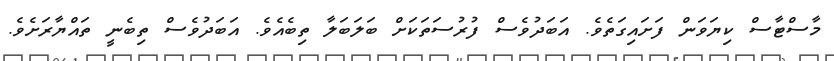
މާސްޓާސް ކިޔަަވަން ފަށައިގަތެވެ. އަބަދުވެސް ފުރުސަތަކަށް ބަލަބަލާ ތިބެއެވެ. އަބަދުވެސް ތިބެނީ ތައްޔާރަށެވެ.